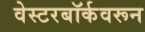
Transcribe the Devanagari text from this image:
वेस्टरबॉर्कवरून